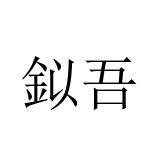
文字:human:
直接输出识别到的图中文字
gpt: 鉯吾